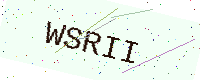
Text: WSRII